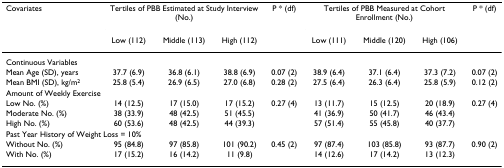
<table><thead><tr><td><b>Covariates</b></td><td colspan="3"><b>Tertiles of PBB Estimated at Study Interview (No.)</b></td><td><b>P * (df)</b></td><td colspan="3"><b>Tertiles of PBB Measured at Cohort Enrollment (No.)</b></td><td><b>P * (df)</b></td></tr><tr><td></td><td><b>Low (112)</b></td><td><b>Middle (113)</b></td><td><b>High (112)</b></td><td></td><td><b>Low (111)</b></td><td><b>Middle (120)</b></td><td><b>High (106)</b></td><td></td></tr></thead><tbody><tr><td colspan="9">Continuous Variables</td></tr><tr><td>Mean Age (SD), years</td><td>37.7 (6.9)</td><td>36.8 (6.1)</td><td>38.8 (6.9)</td><td>0.07 (2)</td><td>38.9 (6.4)</td><td>37.1 (6.4)</td><td>37.3 (7.2)</td><td>0.07 (2)</td></tr><tr><td>Mean BMI (SD), kg/m<sup>2</sup></td><td>25.8 (5.4)</td><td>26.9 (6.5)</td><td>27.0 (6.8)</td><td>0.28 (2)</td><td>27.5 (6.4)</td><td>26.3 (6.4)</td><td>25.8 (5.9)</td><td>0.12 (2)</td></tr><tr><td colspan="9">Amount of Weekly Exercise</td></tr><tr><td>Low No. (%)</td><td>14 (12.5)</td><td>17 (15.0)</td><td>17 (15.2)</td><td>0.27 (4)</td><td>13 (11.7)</td><td>15 (12.5)</td><td>20 (18.9)</td><td>0.27 (4)</td></tr><tr><td>Moderate No. (%)</td><td>38 (33.9)</td><td>48 (42.5)</td><td>51 (45.5)</td><td></td><td>41 (36.9)</td><td>50 (41.7)</td><td>46 (43.4)</td><td></td></tr><tr><td>High No. (%)</td><td>60 (53.6)</td><td>48 (42.5)</td><td>44 (39.3)</td><td></td><td>57 (51.4)</td><td>55 (45.8)</td><td>40 (37.7)</td><td></td></tr><tr><td colspan="9">Past Year History of Weight Loss = 10%</td></tr><tr><td>Without No. (%)</td><td>95 (84.8)</td><td>97 (85.8)</td><td>101 (90.2)</td><td>0.45 (2)</td><td>97 (87.4)</td><td>103 (85.8)</td><td>93 (87.7)</td><td>0.90 (2)</td></tr><tr><td>With No. (%)</td><td>17 (15.2)</td><td>16 (14.2)</td><td>11 (9.8)</td><td></td><td>14 (12.6)</td><td>17 (14.2)</td><td>13 (12.3)</td><td></td></tr></tbody></table>